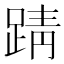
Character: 𫏏